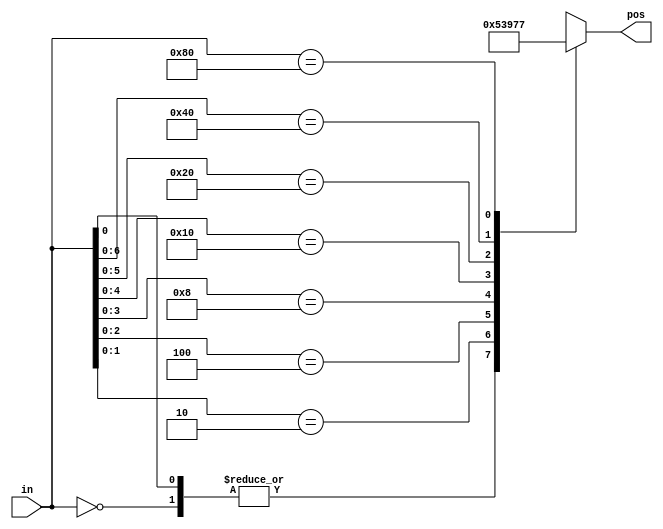
// synthesis verilog_input_version verilog_2001
module top_module (
    input [7:0] in,
    output reg [2:0] pos );

    always @* begin
        casez(in)
            8'b00000000: pos = 0;
            8'bzzzzzzz1: pos = 0;
            8'bzzzzzz10: pos = 1;
            8'bzzzzz100: pos = 2;
            8'bzzzz1000: pos = 3;
            8'bzzz10000: pos = 4;
            8'bzz100000: pos = 5;
            8'bz1000000: pos = 6;
            8'b10000000: pos = 7;
        endcase
    end
endmodule